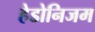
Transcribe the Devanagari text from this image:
हेडोनिजम